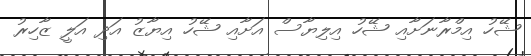
ޝޭހު އިމްރާނަށާއި ޝޭހު އިލިޔާސް އަށާއި ޝޭހު އިޔާޒު އަދި އަލީ ޒާހިރު